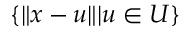
\{ \| x - u \| | u \in U \}